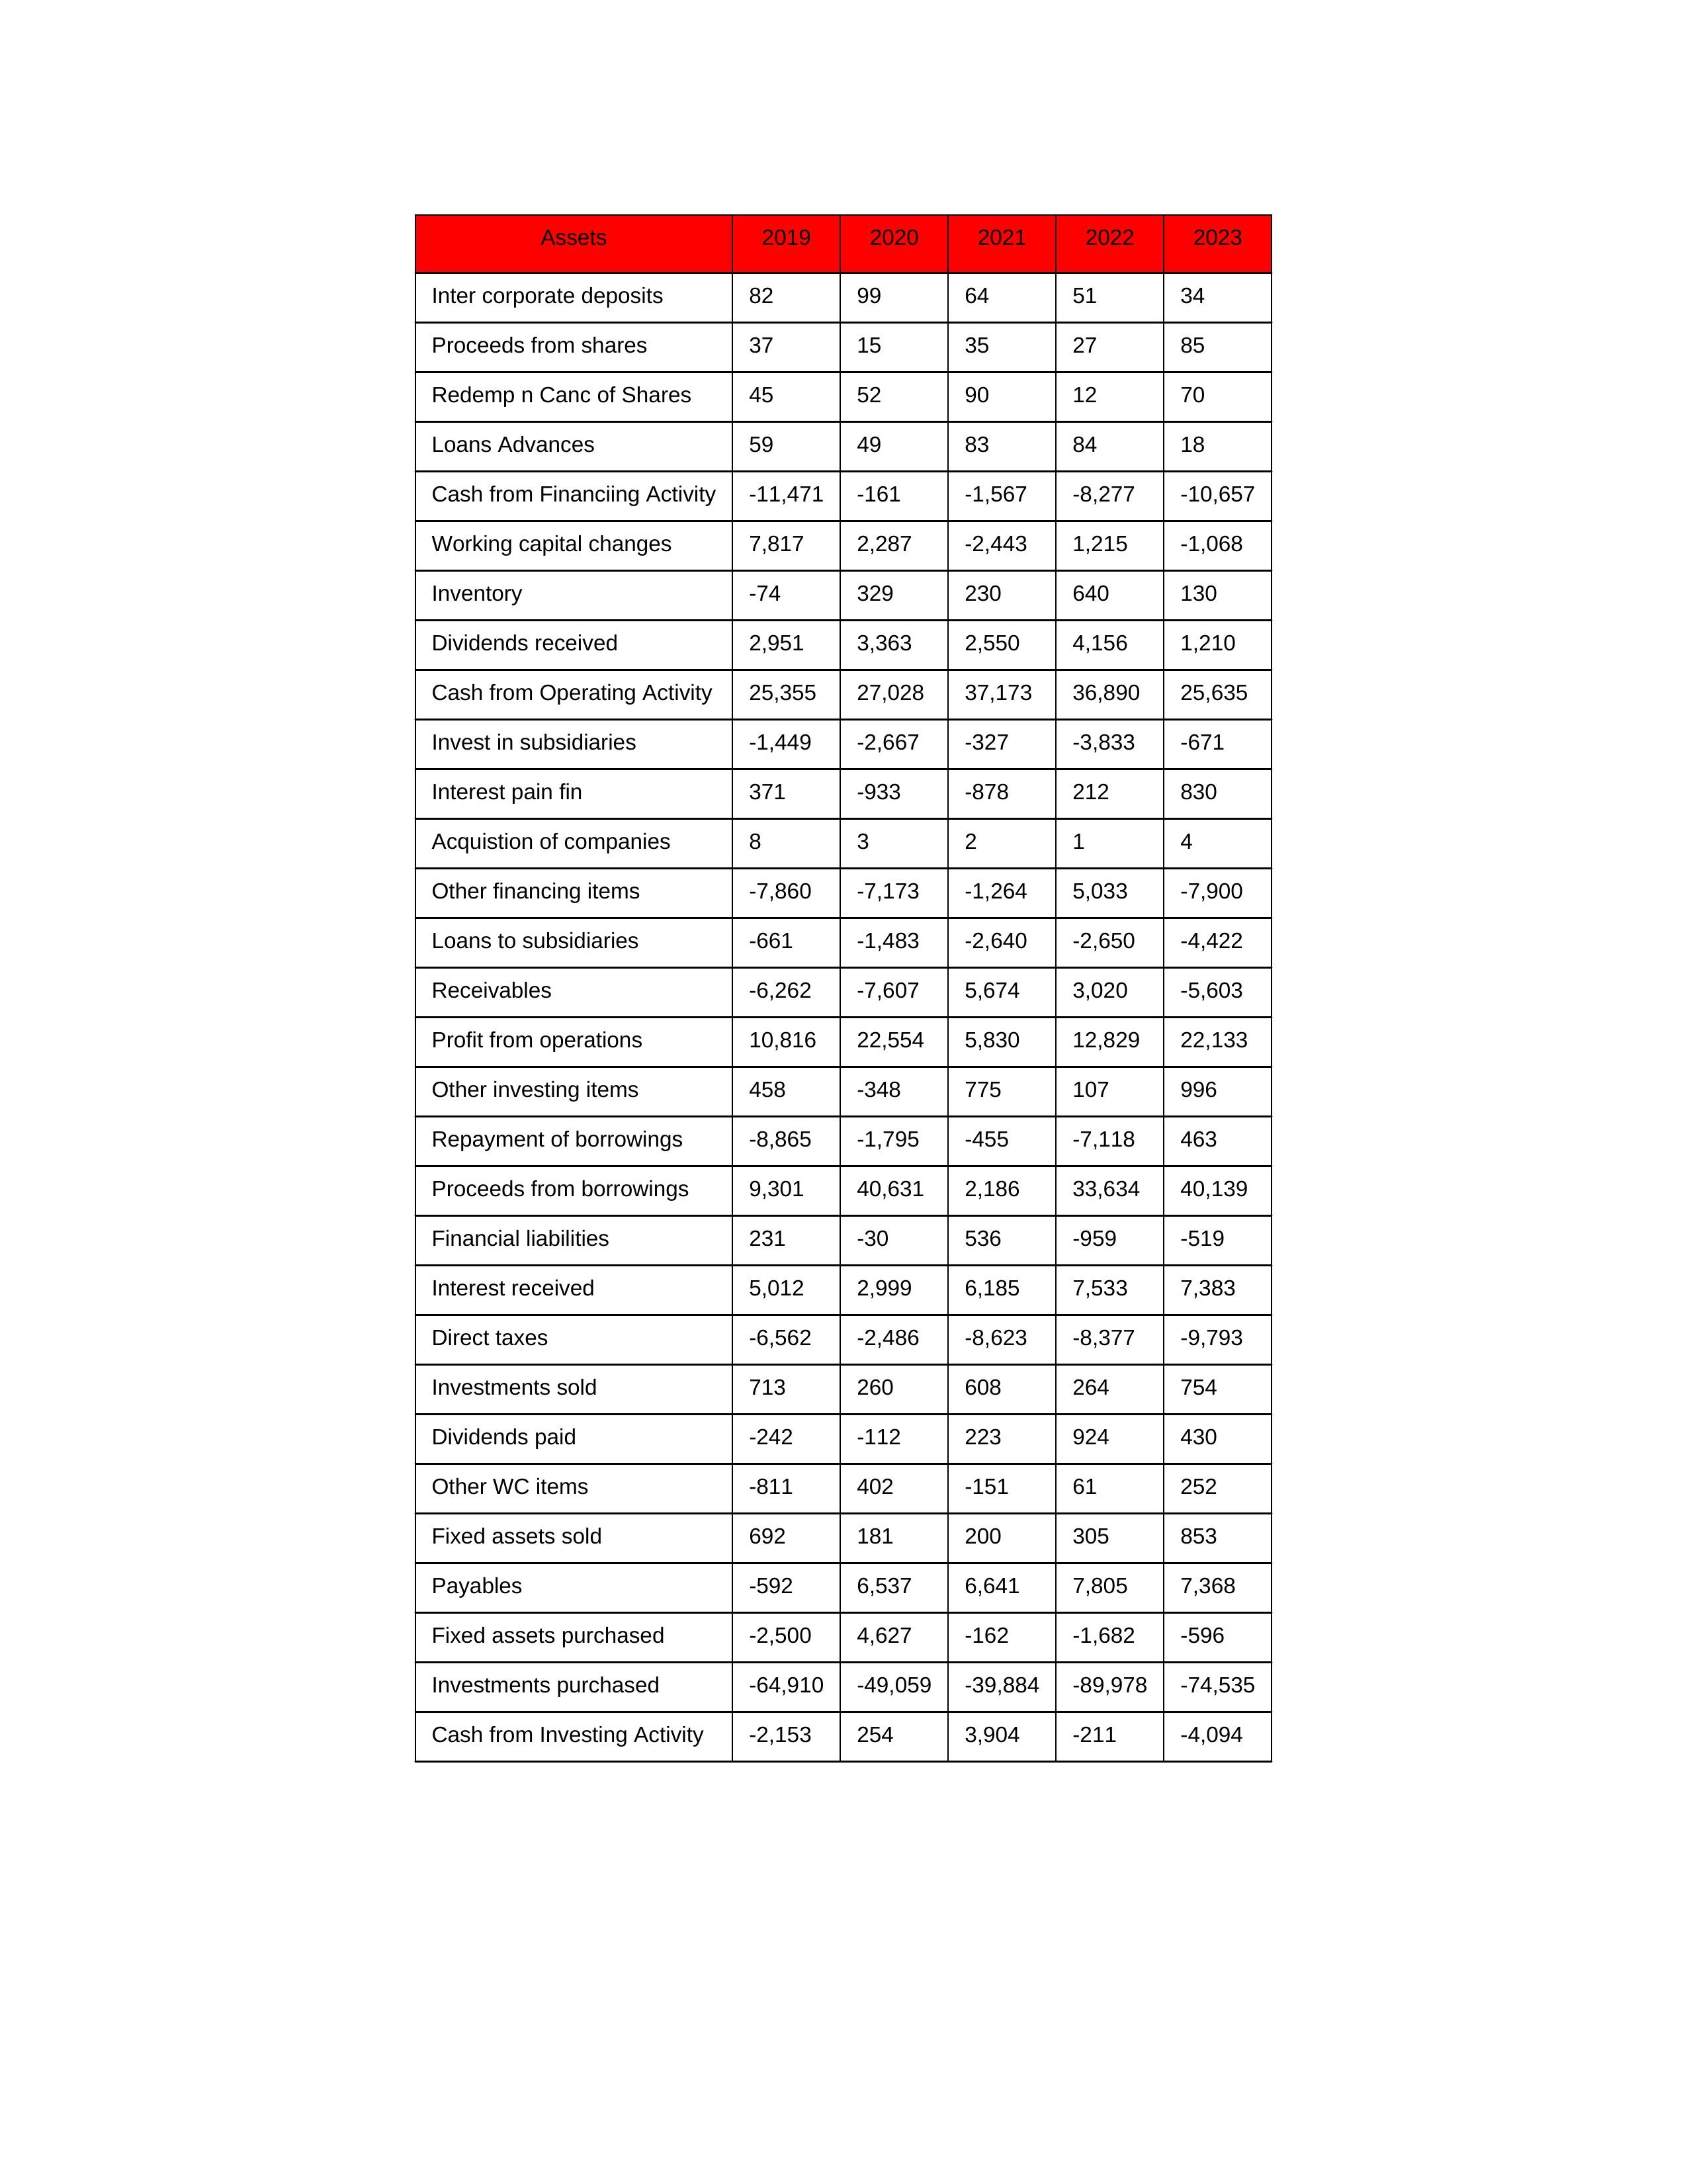
gt_parse: 2019: Cash from Operating Activity: 25,355
Profit from operations: 10,816
Receivables: -6,262
Inventory: -74
Payables: -592
Loans Advances: 59
Other WC items: -811
Working capital changes: 7,817
Direct taxes: -6,562
Cash from Investing Activity: -2,153
Fixed assets purchased: -2,500
Fixed assets sold: 692
Investments purchased: -64,910
Investments sold: 713
Interest received: 5,012
Dividends received: 2,951
Invest in subsidiaries: -1,449
Loans to subsidiaries: -661
Redemp n Canc of Shares: 45
Acquistion of companies: 8
Inter corporate deposits: 82
Other investing items: 458
Cash from Financiing Activity: -11,471
Proceeds from shares: 37
Proceeds from borrowings: 9,301
Repayment of borrowings: -8,865
Interest pain fin: 371
Dividends paid: -242
Financial liabilities: 231
Other financing items: -7,860
2020: Cash from Operating Activity: 27,028
Profit from operations: 22,554
Receivables: -7,607
Inventory: 329
Payables: 6,537
Loans Advances: 49
Other WC items: 402
Working capital changes: 2,287
Direct taxes: -2,486
Cash from Investing Activity: 254
Fixed assets purchased: 4,627
Fixed assets sold: 181
Investments purchased: -49,059
Investments sold: 260
Interest received: 2,999
Dividends received: 3,363
Invest in subsidiaries: -2,667
Loans to subsidiaries: -1,483
Redemp n Canc of Shares: 52
Acquistion of companies: 3
Inter corporate deposits: 99
Other investing items: -348
Cash from Financiing Activity: -161
Proceeds from shares: 15
Proceeds from borrowings: 40,631
Repayment of borrowings: -1,795
Interest pain fin: -933
Dividends paid: -112
Financial liabilities: -30
Other financing items: -7,173
2021: Cash from Operating Activity: 37,173
Profit from operations: 5,830
Receivables: 5,674
Inventory: 230
Payables: 6,641
Loans Advances: 83
Other WC items: -151
Working capital changes: -2,443
Direct taxes: -8,623
Cash from Investing Activity: 3,904
Fixed assets purchased: -162
Fixed assets sold: 200
Investments purchased: -39,884
Investments sold: 608
Interest received: 6,185
Dividends received: 2,550
Invest in subsidiaries: -327
Loans to subsidiaries: -2,640
Redemp n Canc of Shares: 90
Acquistion of companies: 2
Inter corporate deposits: 64
Other investing items: 775
Cash from Financiing Activity: -1,567
Proceeds from shares: 35
Proceeds from borrowings: 2,186
Repayment of borrowings: -455
Interest pain fin: -878
Dividends paid: 223
Financial liabilities: 536
Other financing items: -1,264
2022: Cash from Operating Activity: 36,890
Profit from operations: 12,829
Receivables: 3,020
Inventory: 640
Payables: 7,805
Loans Advances: 84
Other WC items: 61
Working capital changes: 1,215
Direct taxes: -8,377
Cash from Investing Activity: -211
Fixed assets purchased: -1,682
Fixed assets sold: 305
Investments purchased: -89,978
Investments sold: 264
Interest received: 7,533
Dividends received: 4,156
Invest in subsidiaries: -3,833
Loans to subsidiaries: -2,650
Redemp n Canc of Shares: 12
Acquistion of companies: 1
Inter corporate deposits: 51
Other investing items: 107
Cash from Financiing Activity: -8,277
Proceeds from shares: 27
Proceeds from borrowings: 33,634
Repayment of borrowings: -7,118
Interest pain fin: 212
Dividends paid: 924
Financial liabilities: -959
Other financing items: 5,033
2023: Cash from Operating Activity: 25,635
Profit from operations: 22,133
Receivables: -5,603
Inventory: 130
Payables: 7,368
Loans Advances: 18
Other WC items: 252
Working capital changes: -1,068
Direct taxes: -9,793
Cash from Investing Activity: -4,094
Fixed assets purchased: -596
Fixed assets sold: 853
Investments purchased: -74,535
Investments sold: 754
Interest received: 7,383
Dividends received: 1,210
Invest in subsidiaries: -671
Loans to subsidiaries: -4,422
Redemp n Canc of Shares: 70
Acquistion of companies: 4
Inter corporate deposits: 34
Other investing items: 996
Cash from Financiing Activity: -10,657
Proceeds from shares: 85
Proceeds from borrowings: 40,139
Repayment of borrowings: 463
Interest pain fin: 830
Dividends paid: 430
Financial liabilities: -519
Other financing items: -7,900